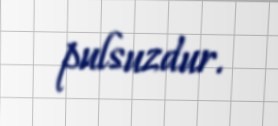
pulsuzdur.